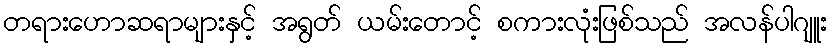
တရားဟောဆရာများနှင့် အရွတ် ယမ်းတောင့် စကားလုံးဖြစ်သည် အလန်ပါဂျူး